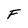
Character: F